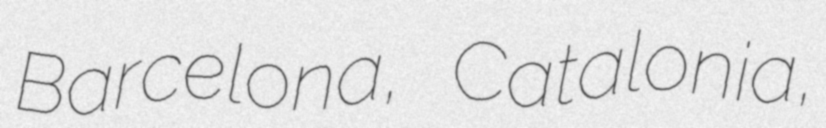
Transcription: Barcelona, Catalonia,